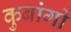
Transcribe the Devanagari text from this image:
कुबांगो